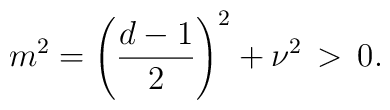
m^2 = \left(\frac{d-1}{2}\right)^2 + \nu^2 \, > \, 0.